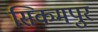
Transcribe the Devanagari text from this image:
सिकमपुर